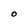
Character: O